Lunatic asylums Bombay report 1891-1903 - 1891-1903
Year: 1891
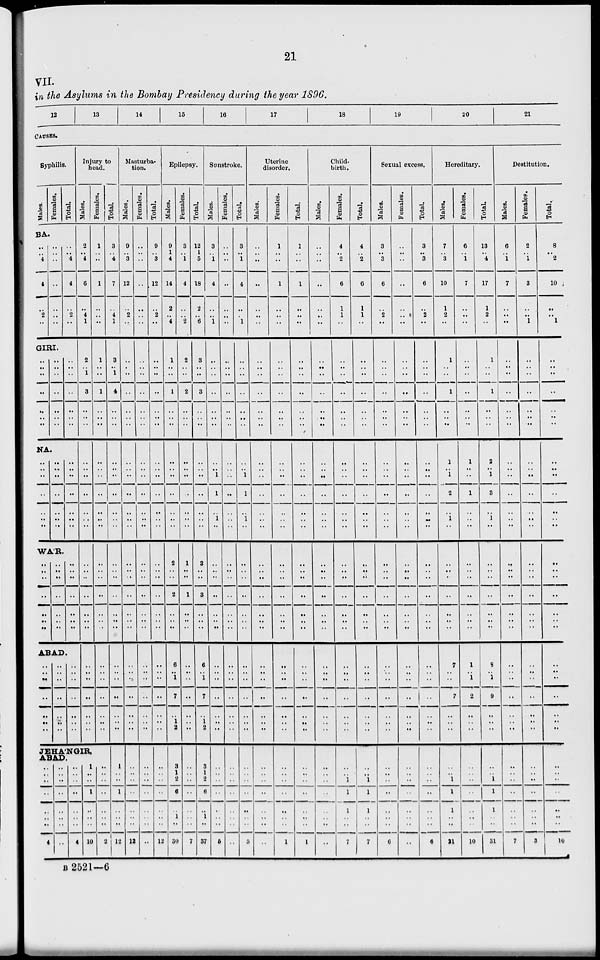
21
VII.
in the Asylums in the Bombay Presidency during the year 1896.
12
13
14
15
16
17
18
19
20
21
CAUSES.
Syphilis.
Males.
Females.
Total.
BA.
..
..
4
4
..
2
..
..
..
..
..
..
. .
..
..
..
4
4
..
2
..
GIRI.
..
..
..
..
..
..
..
..
..
..
..
..
..
..
..
..
..
..
..
..
NA.
..
..
..
..
..
..
..
..
..
..
..
..
..
..
..
..
..
..
..
..
..
WA'R.
..
..
..
..
..
..
..
..
..
..
..
..
..
..
..
..
..
..
..
..
..
ABAD.
..
..
..
..
..
..
..
..
..
..
..
..
..
..
..
..
..
..
..
..
..
Injury to
head.
Males.
2
..
4
6
..
4
1
2
..
1
3
..
..
..
..
..
..
..
..
..
..
..
..
..
..
..
..
..
..
..
..
..
..
..
..
JEHA'NGIR,
ABAD.
..
..
..
..
..
..
..
4
..
..
..
..
..
..
..
..
..
..
..
..
..
..
..
4
1
..
..
1
..
..
..
1
Females.
1
..
..
1
..
..
..
1
..
..
1
..
..
..
..
..
..
..
..
..
..
..
..
..
..
..
..
..
..
..
..
..
..
..
..
..
..
..
..
..
..
..
2
Total.
3
..
4
7
..
4
1
3
..
1
4
..
..
..
..
..
..
..
..
..
..
..
..
..
..
..
..
..
..
..
..
..
..
..
..
1
..
..
1
..
..
..
12
Masturba-
tion.
Males.
9
..
3
12
..
2
..
..
..
..
..
..
..
..
..
..
..
..
..
..
..
..
..
..
..
..
..
..
..
..
..
..
..
..
..
..
..
..
..
..
..
..
12
Females.
..
..
..
..
..
..
..
..
..
..
..
..
..
..
..
..
..
..
..
..
..
..
..
..
..
..
..
..
..
..
..
..
..
..
..
..
..
..
..
..
..
..
..
Total.
9
..
3
12
..
2
..
..
..
..
..
..
..
..
..
..
..
..
..
..
..
..
..
..
..
..
..
..
..
..
..
..
..
..
..
..
..
..
..
..
..
..
12
Epilepsy.
Males.
9
1
4
14
2
..
4
1
..
..
1
..
..
..
..
..
..
..
..
..
..
2
..
..
2
..
..
..
6
..
1
7
..
1
2
3
1
2
6
..
1
..
30
Females.
3
..
1
4
..
..
2
2
..
..
2
..
..
..
..
..
..
..
..
..
..
1
..
..
1
..
..
..
..
..
..
..
..
..
..
..
..
..
..
..
..
..
7
Total.
12
1
5
18
2
.. 6
3
..
..
3
..
..
..
..
..
..
..
..
..
..
3
..
..
3
..
..
..
6
..
1
7
..
1
2
3
1
2
6
..
1
..
37
Sunstroke.
Males.
3
..
1
4
..
..
1
..
..
..
..
..
..
..
..
..
1
1
..
1
..
..
..
..
..
..
..
..
..
..
..
..
..
..
..
..
..
..
..
..
..
..
5
Females.
..
..
..
..
..
..
..
..
..
..
..
..
..
..
..
..
..
..
..
..
..
..
..
..
..
..
..
..
..
..
..
..
..
..
..
..
..
..
..
..
..
..
..
Total.
3
..
1
4
..
..
1
..
..
..
..
..
..
..
..
..
1
1
..
1
..
..
..
..
..
..
..
..
..
..
..
..
..
..
..
..
..
..
..
..
..
..
5
Uterine
disorder.
Males.
..
..
..
..
..
..
..
..
..
..
..
..
..
..
..
..
..
..
..
..
..
..
..
..
..
..
..
..
..
..
..
..
..
..
..
..
..
..
..
..
..
..
..
Females.
1
..
..
1
..
..
..
..
..
..
..
..
..
..
..
..
..
..
..
..
..
..
..
..
..
..
..
..
..
..
..
..
..
..
..
..
..
..
..
..
..
..
1
Total.
1
..
..
1
..
..
..
..
..
..
..
..
..
..
..
..
..
..
..
..
..
..
..
..
..
..
..
..
..
..
..
..
..
..
..
..
..
..
..
..
..
..
1
Child-
birth.
Males.
..
..
..
..
..
..
..
..
..
..
..
..
..
..
..
..
..
..
..
..
..
..
..
..
..
..
..
..
..
..
..
..
..
..
..
..
..
..
..
..
..
..
..
Females.
4
..
2
6
1
1
..
..
..
..
..
..
..
..
..
..
..
..
..
..
..
..
..
..
..
..
..
..
..
..
..
..
..
..
..
..
..
1
1
1
..
..
7
Total.
4
..
2
6
1
1
..
..
..
..
..
..
..
..
..
..
..
..
..
..
..
..
..
..
..
..
..
..
..
..
..
..
..
..
..
..
..
1
1
1
..
..
7
Sexual excess.
Males.
3
..
3
6
..
2
..
..
..
..
..
..
..
..
..
..
..
..
..
..
..
..
..
..
..
..
..
..
..
..
..
..
..
..
..
..
..
..
..
..
..
..
6
Females.
..
..
..
..
..
..
..
..
..
..
..
..
..
..
..
..
..
..
..
..
..
..
..
..
..
..
..
..
..
..
..
..
..
..
..
..
..
..
..
..
..
..
..
Total.
3
..
3
6
..
2
..
..
..
..
..
..
..
..
..
..
..
..
..
..
..
..
..
..
..
..
..
..
..
..
..
..
..
..
..
..
..
..
..
..
..
6
Hereditary.
Males.
7
..
3
10
1
2
..
1
..
..
1
..
..
..
1
..
1
2
..
1
..
..
..
..
..
..
..
7
..
..
7
..
..
..
..
..
1
1
1
..
..
21
Females.
6
..
1
7
..
..
..
..
..
..
..
..
..
..
1
..
..
1
..
..
..
..
..
..
..
..
..
..
1
..
1
2
..
..
..
..
..
..
..
..
..
..
10
Total.
13
..
4
17
1
2
..
1
..
..
1
..
..
..
2
..
1
3
..
1
..
..
..
..
..
..
..
..
8
..
1
9
..
..
..
..
..
1
1
1
..
..
31
Destitution.
Males.
6
..
1
7
..
..
..
..
..
..
..
..
..
..
..
..
..
..
..
..
..
..
..
..
..
..
..
..
..
..
..
..
..
..
..
..
..
..
..
..
7
Females.
2
..
1
3
..
..
1
..
..
..
..
..
..
..
..
..
..
..
..
..
..
..
..
..
..
..
..
..
..
..
..
..
..
..
..
..
..
..
..
..
..
..
3
Total.
8
..
2
10
..
.. 1
..
..
..
..
..
..
..
..
..
..
..
..
..
..
..
..
..
..
..
..
..
..
..
..
..
..
..
..
..
..
..
..
..
..
..
10
B 2521—6